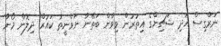
ނަރްގިސް އަދި ޝަޗިންގެ އިތުރުން ވިވާން ބަތޭނާ ނަވްނީތު ކައުރް ދިލޮން މޯނާ